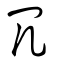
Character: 宂